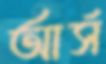
আর্স